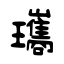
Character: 瓗